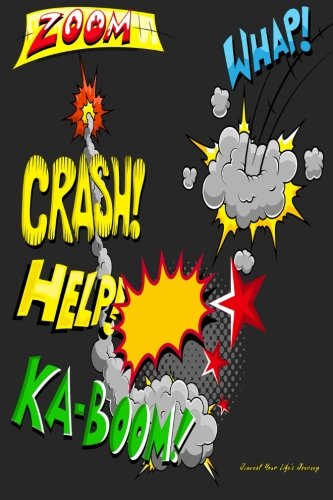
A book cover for Journal Your Life's Journey: Comic, Lined Journal, 6 x 9, 100 Pages; Journal Your Life's Journey; Parenting & Relationships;